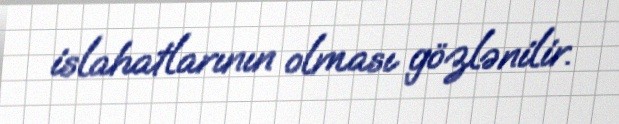
islahatlarının olması gözlənilir.